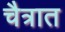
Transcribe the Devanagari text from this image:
चैत्रात